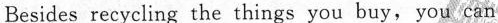
Besides recycling the things you buy,you can